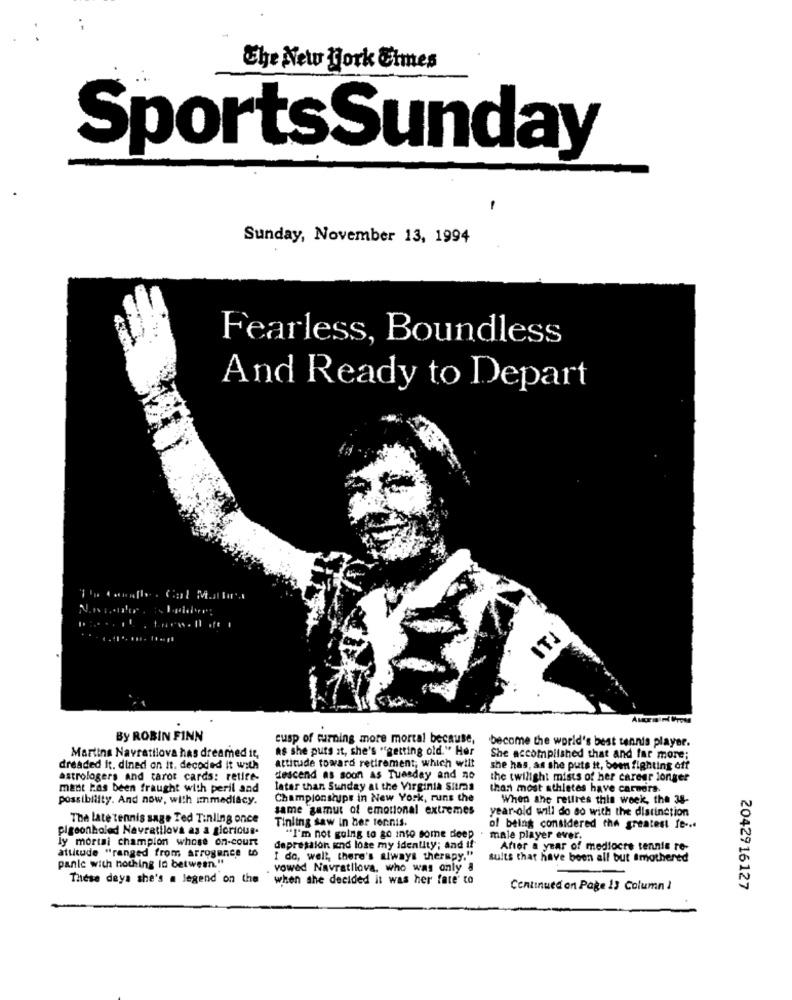
The New York Times
SportsSunday
Sunday, November 13, 1994
Fearless, Boundless
And Ready to Depart
Ipides
ITI
By ROBIN FINN
cusp of turning more mortal because,
become the world's best tennis player.
as she puts at, she's "getting old." Her
Martina Navratilova has dreamed it,
attitude toward retirement; which will
She accomplished that and far more;
dreaded it. dined on it. decoded it with
she has, as she puts it, been fighting off
astrologers and tarot cards: retire-
descend as soon as Tuesday and no
the twilight mists of her career longer
ment has been fraught with peril and
later than Sunday at the Virginia Sutras
than most athletes have carnera.
possibility. And now, with immediacy.
Championships in New York, runs the
When she retires this week, the 38-
same gamut of emotional extremes
year-old will do so with the distinction
The late tennis sage Ted Tinling once
Tinling saw in ber tennis.
pigeonholed Navratilova as a glorious.
of being considered the greatest fc-+d
ly mortai champion whose on-court
"I'm not going to go into some deep
male player ever.
depression and lose my identity; and if
After a year of mediocre tennis re-
attitude "ranged from arrogance to
panic with nothing In between."
I do, well, there's always therapy."
suits that have been all but smothered
vowed Navratilova, who was only a
These days she's a legend on the
when she decided it was her fate' to
Continued on Page 13 Column 1
2042916127